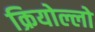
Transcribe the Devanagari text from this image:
क्रियोल्लो